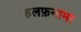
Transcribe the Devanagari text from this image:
हलफ़नामा